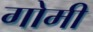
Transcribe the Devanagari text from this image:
गोमी